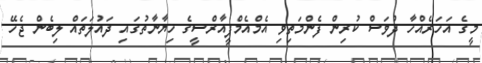
މީގެ އަހަރެއްހާ ދުވަސް ކުރިން ފެންމަތިވި އެމްއެމްޕީއާރްސީގެ ޚިޔާނާތުގައި ދައުލަތައް ލިބެން ޖެހޭ